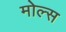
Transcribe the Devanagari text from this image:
मोल्स